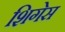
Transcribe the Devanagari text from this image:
शिगेस